Annual administration report of the Civil Veterinary Department of India - 1898-1899
Year: 1898
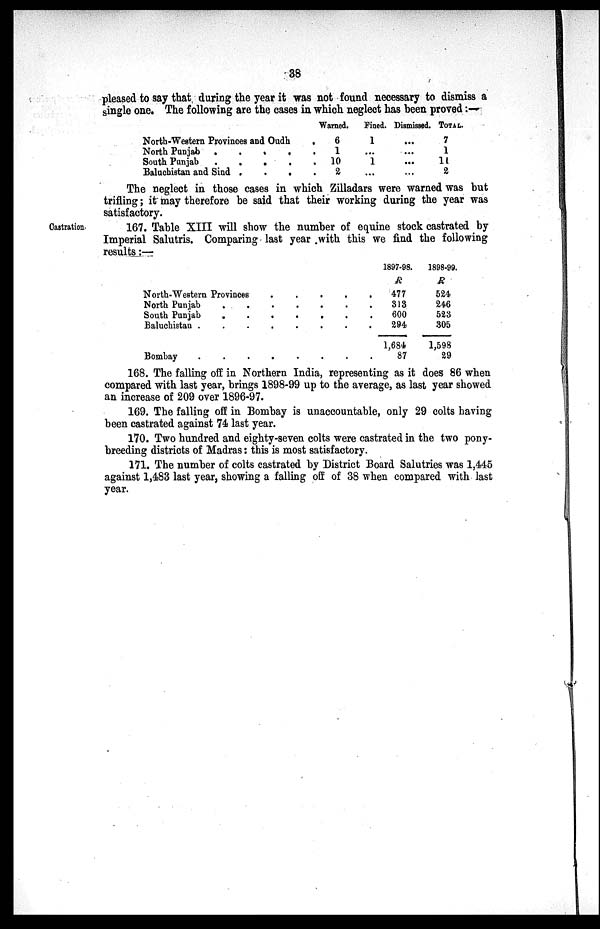
38
pleased to say that, during the year it was not found necessary to dismiss a
single one. The following are the cases in which neglect has been proved:—
North-Western Provinces and Oudh .
North Punjab
.
.
.
. .
South Punjab
.
.
.
. .
Baluchistan and Sind .
.
. .
Warned.
6
1
10
2
Fined.
1
...
1
...
Dismissed.
...
...
...
...
TOTAL.
7
1
11
2
The neglect in those cases in which Zilladars were warned was but
trifling; it may therefore be said that their working during the year was
satisfactory.
Castration.
167. Table XIII will show the number of equine stock castrated by
Imperial Salutris. Comparing last year with this we find the following
results:—
North-Western
Provinces.
.
.
.
North
Punjab.
.
.
.
.
.
South
Punjab.
.
.
.
.
.
Baluchistan . . . . . . .
Bombay . . . . . . .
1897-98.
R
477
313
600
294
1,684
87
1898-99.
R
524
246
523
305
1,598
29
168. The falling off in Northern India, representing as it does 86 when
compared with last year, brings 1898-99 up to the average, as last year showed
an increase of 209 over 1896-97.
169. The falling off in Bombay is unaccountable, only 29 colts having
been castrated against 74 last year.
170. Two hundred and eighty-seven colts were castrated in the two pony-
breeding districts of Madras: this is most satisfactory.
171. The number of colts castrated by District Board Salutries was 1,445
against 1,483 last year, showing a falling off of 38 when compared with last
year.